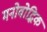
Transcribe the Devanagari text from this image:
मनोवोद्भिक